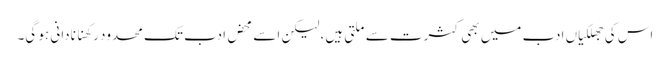
اس کی جھلکیاں ادب میں بھی کثرت سے ملتی ہیں، لیکن اسے محض ادب تک محدود رکھنا نادانی ہو گی۔